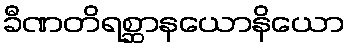
ခီဏတိရစ္ဆာနယောနိယော